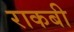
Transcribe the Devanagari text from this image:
राकबी